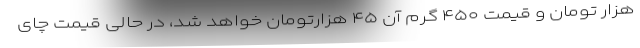
هزار تومان و قیمت ۴۵۰ گرم آن ۴۵ هزارتومان خواهد شد، در حالی قیمت چای